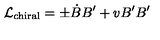
{ \cal L } _ { \mathrm { c h i r a l } } = \pm \dot { B } B ^ { \prime } + v B ^ { \prime } B ^ { \prime }